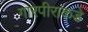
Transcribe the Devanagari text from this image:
गारपीराकडे